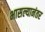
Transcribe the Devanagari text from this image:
भासल्यानंतर